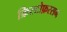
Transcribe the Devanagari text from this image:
क्रिस्टोफ़रसन